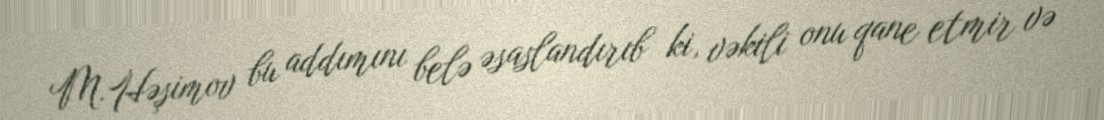
M.Həşimov bu addımını belə əsaslandırıb ki, vəkili onu qane etmir və